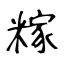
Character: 糘